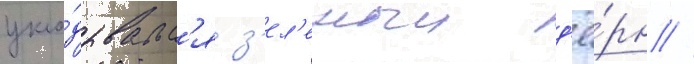
укла́дывалс'я з'ел'еныи д'ё́рн //